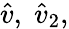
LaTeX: \widehat{v},\; \widehat{v}_{2},